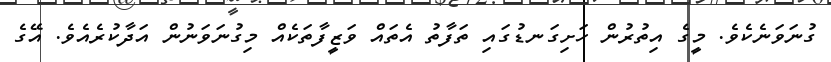
ގުނަވަނެކެވެ. މީގެ އިތުރުން ހަށިގަނޑުގައި ތަފާތު އެތައް ވަޒީފާތަކެއް މިގުނަވަނުން އަދާކުރެއެވެ. އޭގެ